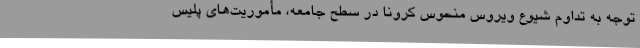
توجه به تداوم شیوع ویروس منحوس کرونا در سطح جامعه، مأموریت‌های پلیس